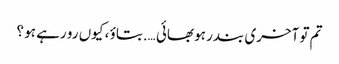
تم تو آخری بندر ہو بھائی ….بتاؤ ، کیوں رو رہے ہو ؟